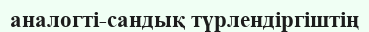
аналогті-сандық түрлендіргіштің